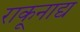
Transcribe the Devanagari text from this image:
राकूनाद्य